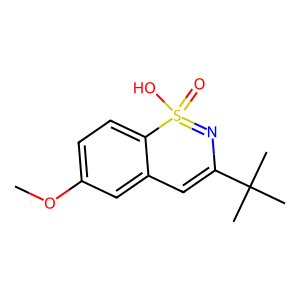
SMILES: COc1ccc2c(c1)C=C(C(C)(C)C)N=S2(=O)O
Inhibits HIV replication: No